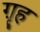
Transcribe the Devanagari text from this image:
ग़ृह